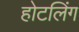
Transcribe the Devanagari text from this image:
होटलिंग